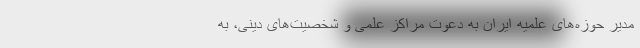
مدیر حوزه‌های علمیه ایران به دعوت مراکز علمی و شخصیت‌های دینی، به